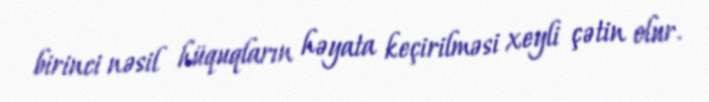
birinci nəsil hüquqların həyata keçirilməsi xeyli çətin olur.